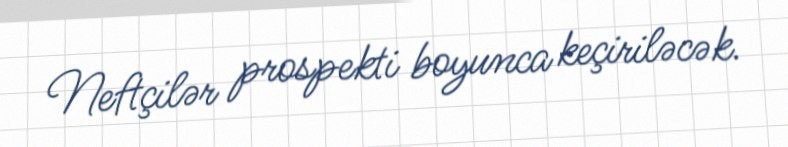
Neftçilər prospekti boyunca keçiriləcək.